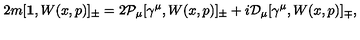
2 m [ { \bf 1 } , W ( x , p ) ] _ { \pm } = 2 { \mathcal P } _ { \mu } [ \gamma ^ { \mu } , W ( x , p ) ] _ { \pm } + i { \mathcal D } _ { \mu } [ \gamma ^ { \mu } , W ( x , p ) ] _ { \mp } ,